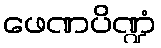
ဖေဏပိဏ္ဍံ